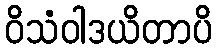
ဝိသံဝါဒယိတာပိ